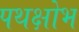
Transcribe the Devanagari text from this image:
पथक्षोभ